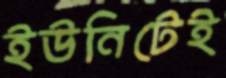
ইউনিটেই